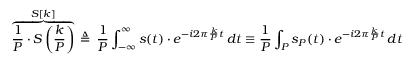
\overbrace { { \frac { 1 } { P } } \cdot S \left( { \frac { k } { P } } \right) } ^ { S [ k ] } \, \triangleq \, { \frac { 1 } { P } } \int _ { - \infty } ^ { \infty } s ( t ) \cdot e ^ { - i 2 \pi { \frac { k } { P } } t } \, d t \equiv { \frac { 1 } { P } } \int _ { P } s _ { P } ( t ) \cdot e ^ { - i 2 \pi { \frac { k } { P } } t } \, d t